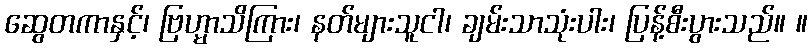
ဆွေတကာနှင့်၊ ဗြဟ္မာသိကြား၊ နတ်များသူငါ၊ ချမ်းသာသုံးပါး၊ ပြန့်စီးပွားသည်။ ။